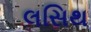
લસિથ